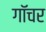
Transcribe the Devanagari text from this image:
गॉचर